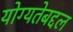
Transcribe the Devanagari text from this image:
योग्यतेबद्दल